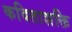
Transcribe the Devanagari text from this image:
कविताशक्ति